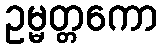
ဥမ္မတ္တကော